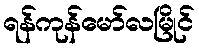
ရန်ကုန်မော်လမြိုင်